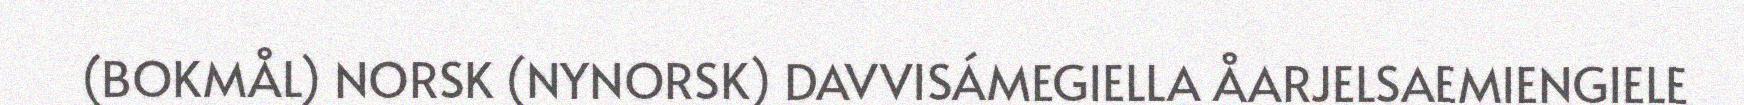
(BOKMÅL) NORSK (NYNORSK) DAVVISÁMEGIELLA ÅARJELSAEMIENGIELE